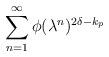
LaTeX: \begin{align*}\sum_{n = 1}^\infty \phi(\lambda^n)^{2\delta - k_p}\end{align*}